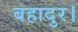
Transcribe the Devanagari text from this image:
बहादुर।